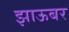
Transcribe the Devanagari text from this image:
झाऊबर